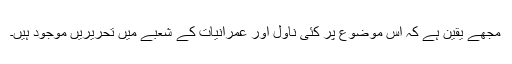
مجھے یقین ہے کہ اس موضوع پر کئی ناول اور عمرانیات کے شعبے میں تحریریں موجود ہیں۔